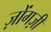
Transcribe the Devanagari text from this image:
ज़ोंगज़ी